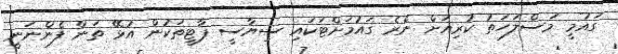
ގައުމީ މަސްލަހަތު ކުރިއަށް ނެރެ ގައުމަށްޓަކައި ސިޔާސީ ޕާޓީތަކުން އުޅޭ ތަން ފެންނަނީ